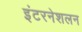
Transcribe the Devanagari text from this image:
इंटरनेशलन